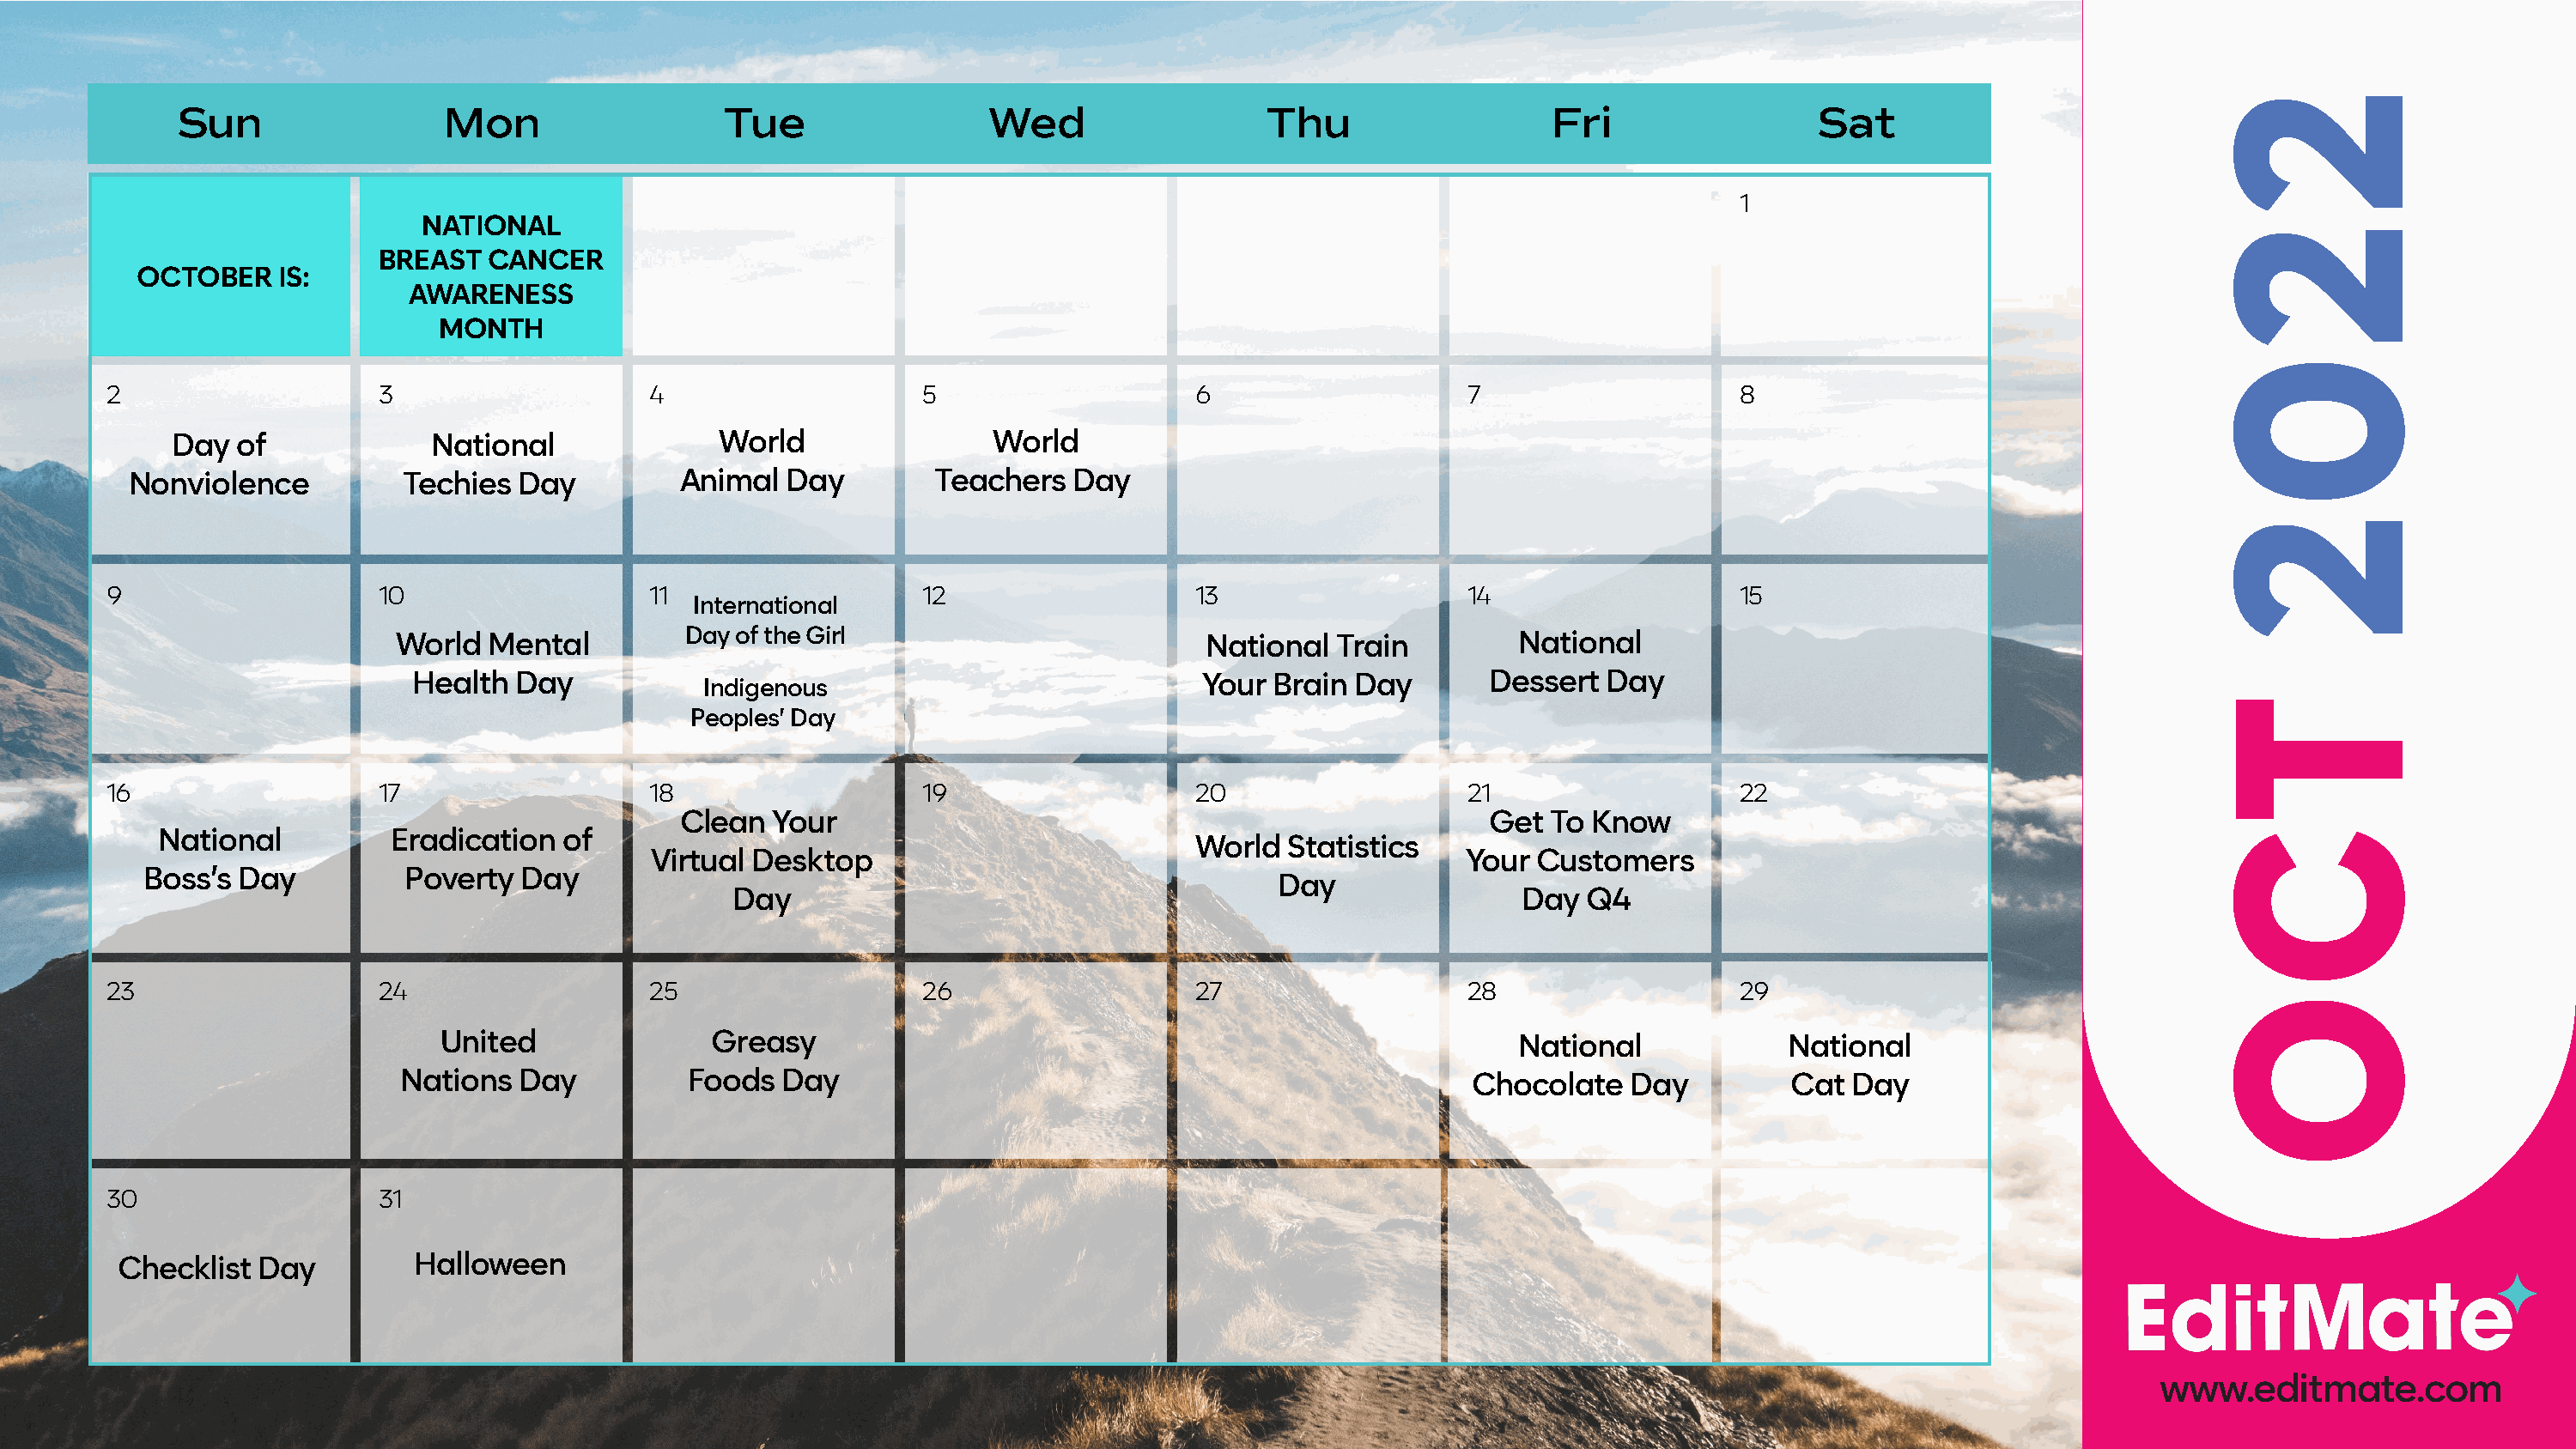
Sun                 Mon                   Tue                 Wed                   Thu                   Fri                 Sat
 1
 NATIONAL
 BREAST   CANCER
 OCTOBER   IS:
 AWARENESS
 MONTH
 2                    3                    4                    5                    6                    7                    8
 Day  of             National              World                 World
 Nonviolence          Techies  Day         Animal   Day        Teachers   Day
 9                    10                   11                   12                   13                   14                   15
 International
 World  Mental         Day of the Girl                         National  Train         National
 Health  Day                                                  Your Brain Day        Dessert  Day
 Indigenous
 Peoples’ Day
 16                   17                   18                   19                   20                   21                   22
 Clean   Your                                                   Get To  Know
 National          Eradication  of
 World  Statistics
 Virtual Desktop                                                Your Customers
 Boss’s Day          Poverty  Day
 Day
 Day                                                         Day  Q4
 23                   24                   25                   26                   27                   28                   29
 United               Greasy                                                        National             National
 Nations  Day          Foods  Day                                                  Chocolate    Day         Cat  Day
 30                   31
 Checklist  Day         Halloween
 www.editmate.com
 2202
 TCO